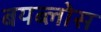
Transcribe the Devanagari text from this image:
बयब्लोस